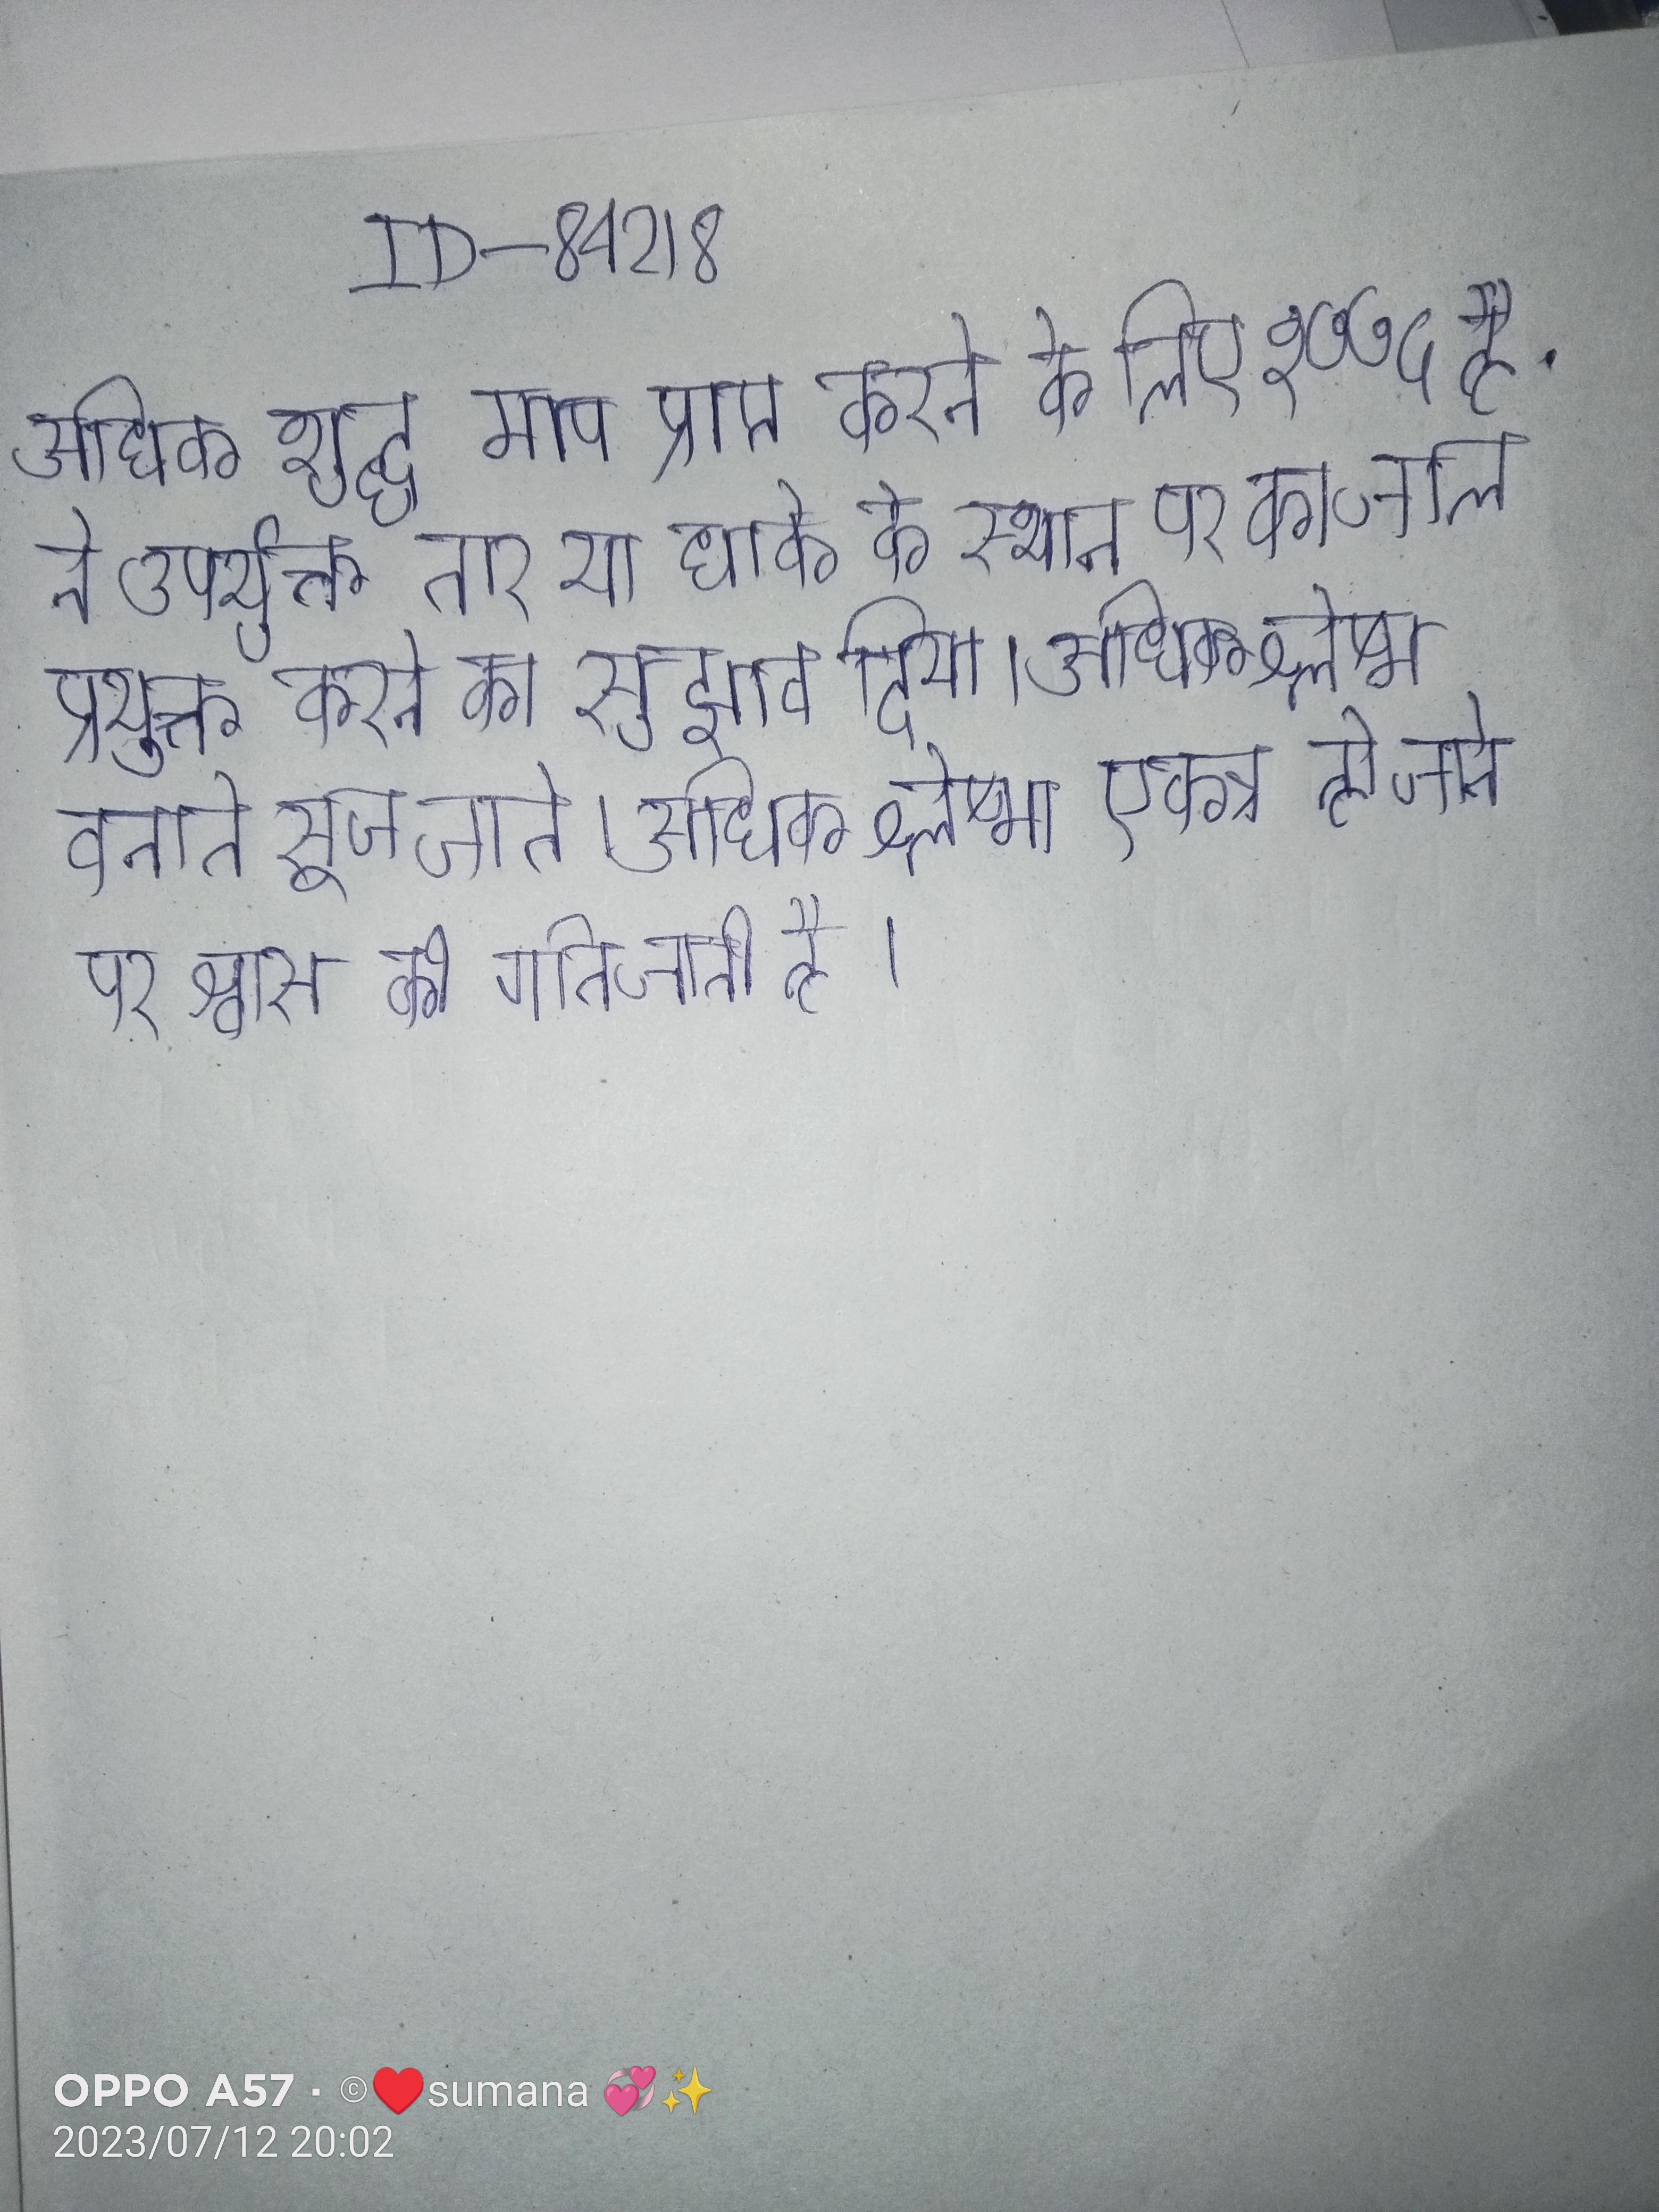
अधिक शुद्ध माप प्राप्त करने के लिए १७७५ ई. ने उपर्युक्त तार या धाके के स्थान पर का जाल प्रयुक्त करने का सुझाव दिया । अधिक श्लेष्म बनाते सूज जाते । अधिक श्लेष्मा एकत्र हो जाने पर श्वास की गति जाती है ।